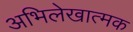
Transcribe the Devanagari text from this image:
अभिलेखात्मक